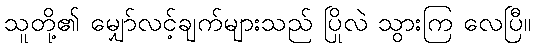
သူတို့၏ မျှော်လင့်ချက်များသည် ပြိုလဲ သွားကြ လေပြီ။